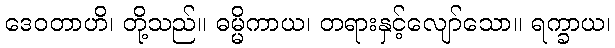
ဒေဝတာဟိ၊ တို့သည်။ ဓမ္မိကာယ၊ တရားနှင့်လျော်သော။ ရက္ခာယ၊